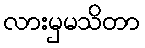
လားမှမသိတာ